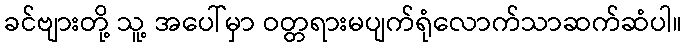
ခင်ဗျားတို့ သူ့ အပေါ်မှာ ဝတ္တရားမပျက်ရုံလောက်သာဆက်ဆံပါ။